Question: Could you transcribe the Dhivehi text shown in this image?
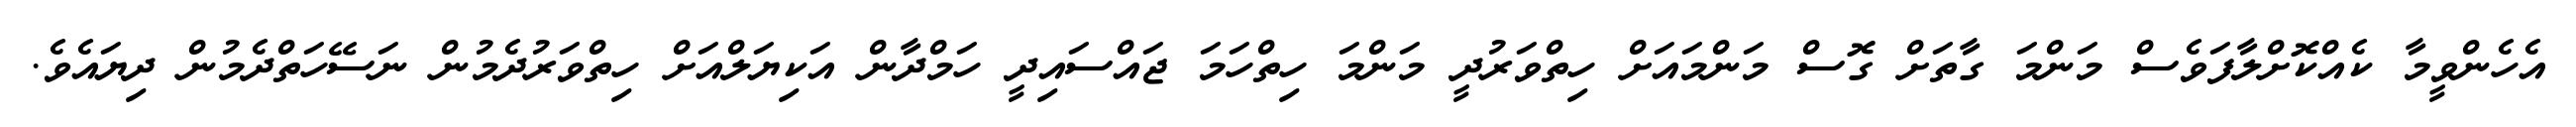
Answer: އެހެންވީމާ ކެއްކޮށްލާފަވެސް މަންމަ ގާތަށް ގޮސް މަންމައަށް ހިތްވަރުދީ މަންމަ ހިތްހަމަ ޖައްސައިދީ ހަމްދާން އަކިޔަލްއަށް ހިތްވަރުދެމުން ނަސޭހަތްދެމުން ދިޔައެވެ.